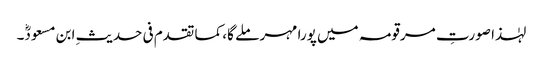
لہٰذا صورتِ مرقومہ میں پورا مہر ملے گا، کما تقدم فی حدیثِ ابن مسعودؓ۔